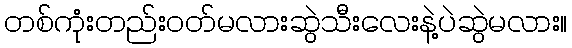
တစ်ကုံးတည်း၀တ်မလားဆွဲသီးလေးနဲ့ပဲဆွဲမလား။